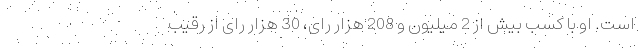
است. او با کسب بیش از 2 میلیون و 208 هزار رای، 30 هزار رای از رقیب